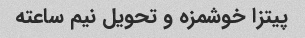
پیتزا خوشمزه و تحویل نیم ساعته